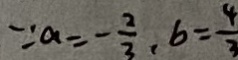
\because a = - \frac { 2 } { 3 } , b = \frac { 4 } { 3 }